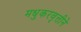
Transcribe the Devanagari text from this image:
मधुकरवृत्तीने